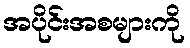
အပိုင်းအစများကို